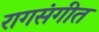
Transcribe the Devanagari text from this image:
रागसंगीत